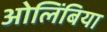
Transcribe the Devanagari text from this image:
ओलिंबिया